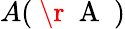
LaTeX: A(\mathrm{~\r~{~A~}~})